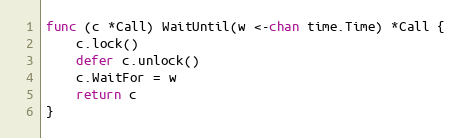
Language: Go
func (c *Call) WaitUntil(w <-chan time.Time) *Call {
	c.lock()
	defer c.unlock()
	c.WaitFor = w
	return c
}